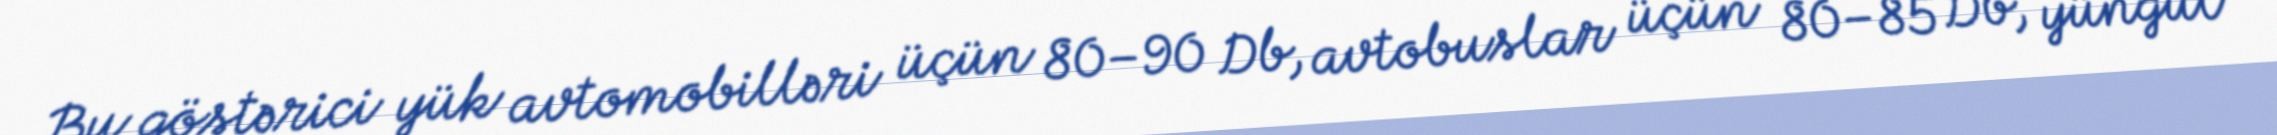
Bu göstərici yük avtomobilləri üçün 80–90 Db, avtobuslar üçün 80–85 Db, yüngül